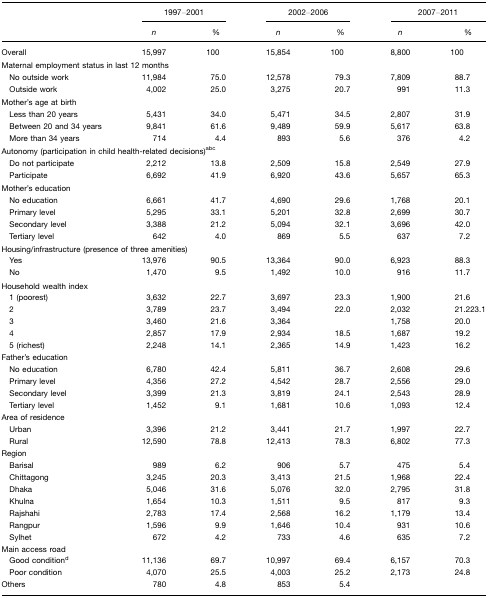
<table><thead><tr><td></td><td colspan="2"><b>1997–2001</b></td><td colspan="2"><b>2002–2006</b></td><td colspan="2"><b>2007–2011</b></td></tr><tr><td></td><td><b><i>n</i></b></td><td><b>%</b></td><td><b><i>n</i></b></td><td><b>%</b></td><td><b><i>n</i></b></td><td><b>%</b></td></tr></thead><tbody><tr><td>Overall</td><td>15,997</td><td>100</td><td>15,854</td><td>100</td><td>8,800</td><td>100</td></tr><tr><td colspan="7">Maternal employment status in last 12 months</td></tr><tr><td> No outside work</td><td>11,984</td><td>75.0</td><td>12,578</td><td>79.3</td><td>7,809</td><td>88.7</td></tr><tr><td> Outside work</td><td>4,002</td><td>25.0</td><td>3,275</td><td>20.7</td><td>991</td><td>11.3</td></tr><tr><td>Mother&#x27;s age at birth</td><td></td><td></td><td></td><td></td><td></td><td></td></tr><tr><td> Less than 20 years</td><td>5,431</td><td>34.0</td><td>5,471</td><td>34.5</td><td>2,807</td><td>31.9</td></tr><tr><td> Between 20 and 34 years</td><td>9,841</td><td>61.6</td><td>9,489</td><td>59.9</td><td>5,617</td><td>63.8</td></tr><tr><td> More than 34 years</td><td>714</td><td>4.4</td><td>893</td><td>5.6</td><td>376</td><td>4.2</td></tr><tr><td colspan="7">Autonomy (participation in child health-related decisions)abc</td></tr><tr><td> Do not participate</td><td>2,212</td><td>13.8</td><td>2,509</td><td>15.8</td><td>2,549</td><td>27.9</td></tr><tr><td> Participate</td><td>6,692</td><td>41.9</td><td>6,920</td><td>43.6</td><td>5,657</td><td>65.3</td></tr><tr><td colspan="7">Mother&#x27;s education</td></tr><tr><td> No education</td><td>6,661</td><td>41.7</td><td>4,690</td><td>29.6</td><td>1,768</td><td>20.1</td></tr><tr><td> Primary level</td><td>5,295</td><td>33.1</td><td>5,201</td><td>32.8</td><td>2,699</td><td>30.7</td></tr><tr><td> Secondary level</td><td>3,388</td><td>21.2</td><td>5,094</td><td>32.1</td><td>3,696</td><td>42.0</td></tr><tr><td> Tertiary level</td><td>642</td><td>4.0</td><td>869</td><td>5.5</td><td>637</td><td>7.2</td></tr><tr><td colspan="7">Housing/infrastructure (presence of three amenities)</td></tr><tr><td> Yes</td><td>13,976</td><td>90.5</td><td>13,364</td><td>90.0</td><td>6,923</td><td>88.3</td></tr><tr><td> No</td><td>1,470</td><td>9.5</td><td>1,492</td><td>10.0</td><td>916</td><td>11.7</td></tr><tr><td colspan="7">Household wealth index</td></tr><tr><td> 1 (poorest)</td><td>3,632</td><td>22.7</td><td>3,697</td><td>23.3</td><td>1,900</td><td>21.6</td></tr><tr><td> 2</td><td>3,789</td><td>23.7</td><td>3,494</td><td>22.0</td><td>2,032</td><td>21.223.1</td></tr><tr><td> 3</td><td>3,460</td><td>21.6</td><td>3,364</td><td></td><td>1,758</td><td>20.0</td></tr><tr><td> 4</td><td>2,857</td><td>17.9</td><td>2,934</td><td>18.5</td><td>1,687</td><td>19.2</td></tr><tr><td> 5 (richest)</td><td>2,248</td><td>14.1</td><td>2,365</td><td>14.9</td><td>1,423</td><td>16.2</td></tr><tr><td colspan="7">Father&#x27;s education</td></tr><tr><td> No education</td><td>6,780</td><td>42.4</td><td>5,811</td><td>36.7</td><td>2,608</td><td>29.6</td></tr><tr><td> Primary level</td><td>4,356</td><td>27.2</td><td>4,542</td><td>28.7</td><td>2,556</td><td>29.0</td></tr><tr><td> Secondary level</td><td>3,399</td><td>21.3</td><td>3,819</td><td>24.1</td><td>2,543</td><td>28.9</td></tr><tr><td> Tertiary level</td><td>1,452</td><td>9.1</td><td>1,681</td><td>10.6</td><td>1,093</td><td>12.4</td></tr><tr><td colspan="7">Area of residence</td></tr><tr><td> Urban</td><td>3,396</td><td>21.2</td><td>3,441</td><td>21.7</td><td>1,997</td><td>22.7</td></tr><tr><td> Rural</td><td>12,590</td><td>78.8</td><td>12,413</td><td>78.3</td><td>6,802</td><td>77.3</td></tr><tr><td colspan="7">Region</td></tr><tr><td> Barisal</td><td>989</td><td>6.2</td><td>906</td><td>5.7</td><td>475</td><td>5.4</td></tr><tr><td> Chittagong</td><td>3,245</td><td>20.3</td><td>3,413</td><td>21.5</td><td>1,968</td><td>22.4</td></tr><tr><td> Dhaka</td><td>5,046</td><td>31.6</td><td>5,076</td><td>32.0</td><td>2,795</td><td>31.8</td></tr><tr><td> Khulna</td><td>1,654</td><td>10.3</td><td>1,511</td><td>9.5</td><td>817</td><td>9.3</td></tr><tr><td> Rajshahi</td><td>2,783</td><td>17.4</td><td>2,568</td><td>16.2</td><td>1,179</td><td>13.4</td></tr><tr><td> Rangpur</td><td>1,596</td><td>9.9</td><td>1,646</td><td>10.4</td><td>931</td><td>10.6</td></tr><tr><td> Sylhet</td><td>672</td><td>4.2</td><td>733</td><td>4.6</td><td>635</td><td>7.2</td></tr><tr><td colspan="7">Main access road</td></tr><tr><td> Good conditiond</td><td>11,136</td><td>69.7</td><td>10,997</td><td>69.4</td><td>6,157</td><td>70.3</td></tr><tr><td> Poor condition</td><td>4,070</td><td>25.5</td><td>4,003</td><td>25.2</td><td>2,173</td><td>24.8</td></tr><tr><td>Others</td><td>780</td><td>4.8</td><td>853</td><td>5.4</td><td></td><td></td></tr></tbody></table>